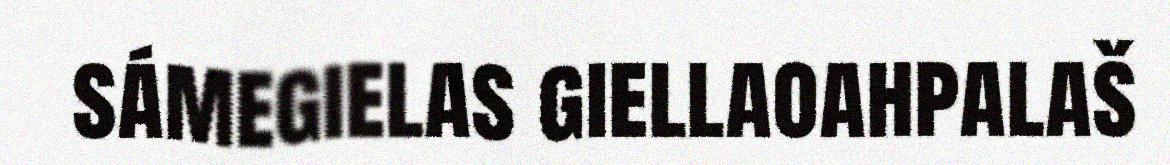
sámegielas giellaoahpalaš